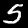
Digit: 5